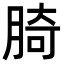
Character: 䐀